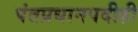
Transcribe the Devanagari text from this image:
पंतप्रधानपदीही